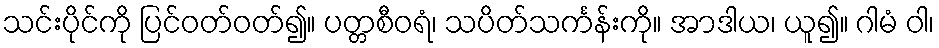
သင်းပိုင်ကို ပြင်ဝတ်ဝတ်၍။ ပတ္တစီဝရံ၊ သပိတ်သင်္ကန်းကို။ အာဒါယ၊ ယူ၍။ ဂါမံ ဝါ၊